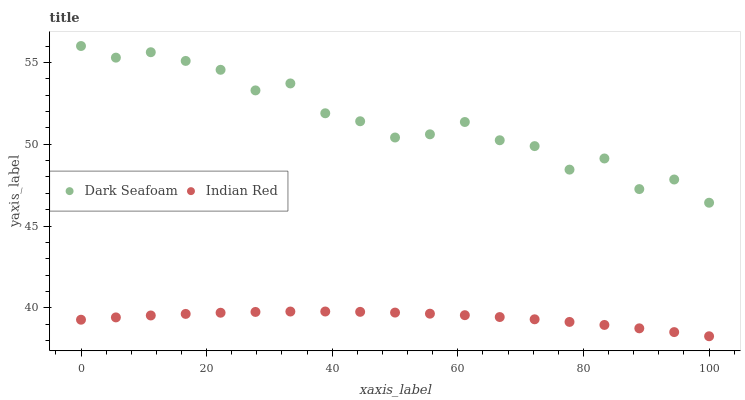
| xaxis_label | Dark Seafoam | Indian Red |
 | --- | --- | --- |
 | 0 | 56 | 39.3 |
 | 5.56 | 55.3 | 39.4 |
 | 11.1 | 55.6 | 39.5 |
 | 16.7 | 55.1 | 39.6 |
 | 22.2 | 54.5 | 39.7 |
 | 27.8 | 53.3 | 39.7 |
 | 33.3 | 53.7 | 39.8 |
 | 38.9 | 51.9 | 39.8 |
 | 44.4 | 51.4 | 39.8 |
 | 50 | 50.4 | 39.7 |
 | 55.6 | 50.6 | 39.6 |
 | 61.1 | 51.4 | 39.6 |
 | 66.7 | 50.2 | 39.4 |
 | 72.2 | 49.9 | 39.3 |
 | 77.8 | 48.4 | 39.1 |
 | 83.3 | 49.1 | 39 |
 | 88.9 | 47.3 | 38.7 |
 | 94.4 | 47.8 | 38.5 |
 | 100 | 46.4 | 38.3 |